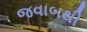
જવાબથી